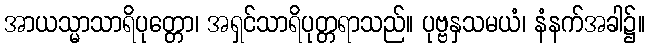
အာယသ္မာသာရိပုတ္တော၊ အရှင်သာရိပုတ္တရာသည်။ ပုဗ္ဗနှသမယံ၊ နံနက်အခါ၌။